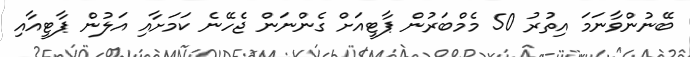
ބޭނުންވާނަމަ އިތުރު 50 މެމްބަރުން ޕާޓީއަށް ގެންނަން ޖެހޭނެ ކަމަށާއި އަލުން ޕާޓީއާއި